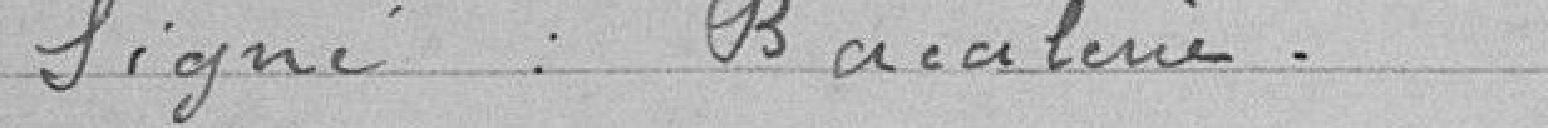
Signé :